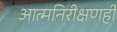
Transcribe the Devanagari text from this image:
आत्मनिरीक्षणही